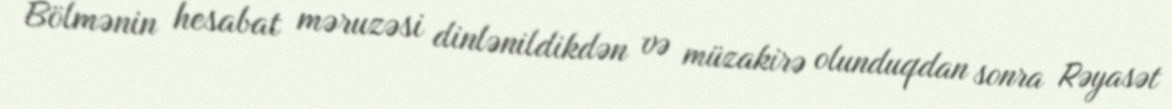
Bölmənin hesabat məruzəsi dinlənildikdən və müzakirə olunduqdan sonra Rəyasət